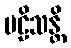
ဗဠိသန္တိ